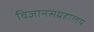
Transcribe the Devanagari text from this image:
विज्ञानसंग्रहालय